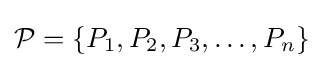
{\mathcal {P}}=\{P_{1},P_{2},P_{3},\dots ,P_{n}\}